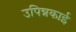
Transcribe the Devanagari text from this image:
उपिन्नकाई